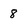
Character: 8